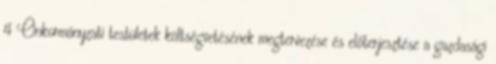
4 Önkormányzati testületek költségvetésének megtervezése és előterjesztése a gazdasági